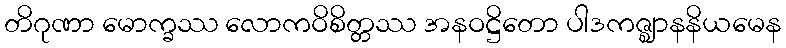
တိဂုဏာ မောက္ခဿ လောကဝိစိတ္တဿ အနဝဋ္ဌိတော ပါဒကဇ္ဈာနနိယမေန